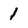
Character: 1